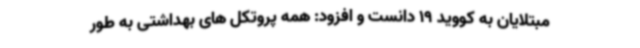
مبتلایان به کووید 19 دانست و افزود: همه پروتکل های بهداشتی به طور